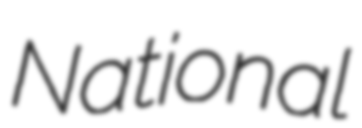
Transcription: National